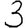
Digit: 3